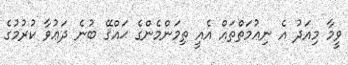
ވީމާ މިއަދު އެ ނިޢުމަތްތައް އެއީ ތިމަންމެންގެ ޙައްޤޭ ބުނެ ދަޢުވާ ކުރުމުގެ